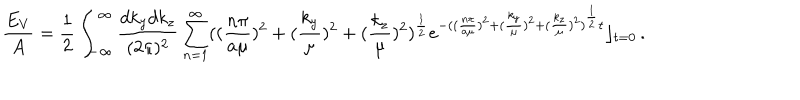
LaTeX: \frac { E _ { V } } { A } = \frac { 1 } { 2 } \int _ { - \infty } ^ { \infty } \frac { d k _ { y } d k _ { z } } { ( 2 \pi ) ^ { 2 } } \sum _ { n = 1 } ^ { \infty } ( ( \frac { n \pi } { a \mu } ) ^ { 2 } + ( \frac { k _ { y } } { \mu } ) ^ { 2 } + ( \frac { k _ { z } } { \mu } ) ^ { 2 } ) ^ { \frac 1 2 } e ^ { - ( ( \frac { n \pi } { a \mu } ) ^ { 2 } + ( \frac { k _ { y } } { \mu } ) ^ { 2 } + ( \frac { k _ { z } } { \mu } ) ^ { 2 } ) ^ { \frac 1 2 } t } \rfloor _ { t = 0 } \, .